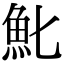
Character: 𩵏